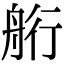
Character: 𦨵